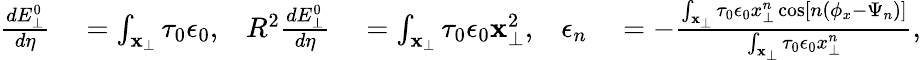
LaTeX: \begin{array}{rlrlrl}{\frac{dE_{\perp}^{0}}{d\eta}}&{{}=\int_{\mathbf{x}_{\perp}}\tau_{0}\epsilon_{0},}&{R^{2}\frac{dE_{\perp}^{0}}{d\eta}}&{{}=\int_{\mathbf{x}_{\perp}}\tau_{0}\epsilon_{0}\mathbf{x}_{\perp}^{2},}&{\epsilon_{n}}&{{}=-\frac{\int_{\mathbf{x}_{\perp}}\tau_{0}\epsilon_{0}x_{\perp}^{n}\cos\left[n(\phi_{x}-\Psi_{n})\right]}{\int_{\mathbf{x}_{\perp}}\tau_{0}\epsilon_{0}x_{\perp}^{n}},}\end{array}